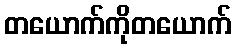
တယောက်ကိုတယောက်